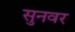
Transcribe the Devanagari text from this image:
सुनवर